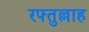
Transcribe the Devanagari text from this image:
रफ्तुल्लाह